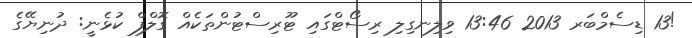
!13 ޑިސެމްބަރ 2013 13:46 ވިލިނގިލި ރިސޯޓްގައި ޓޫރިސްޓުންތަކެއް ގޮލްފް ކުޅެނީ: ދުނިޔޭގެ